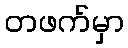
တဖက်မှာ